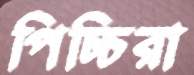
পিচ্চিরা